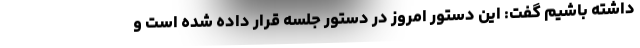
داشته باشیم گفت: این دستور امروز در دستور جلسه قرار داده شده است و